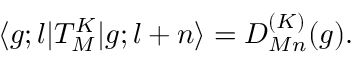
\langle g ; l | T _ { M } ^ { K } | g ; l + n \rangle = D _ { M n } ^ { ( K ) } ( g ) .